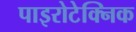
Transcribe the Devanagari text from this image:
पाइरोटेक्निक